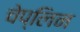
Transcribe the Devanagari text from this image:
चेप्लिन